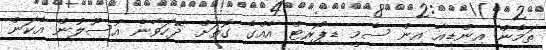
ތަމެން އިންޑިއާ އިން ސެމީ ޑިޕޯރޓް އެެއްގެ ގޮތަށް ދޭހަވާނެ އުސޫލުން އެކަން